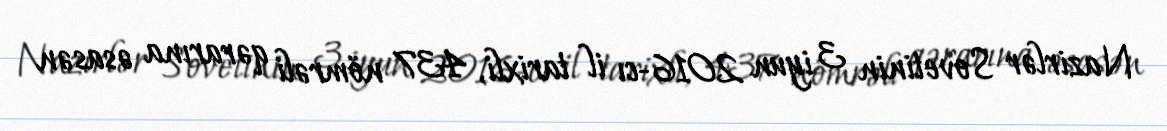
Nazirlər Sovetinin 3 iyun 2016-cı il tarixli, 437 nömrəli qərarına əsasən